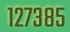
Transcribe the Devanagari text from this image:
१२७३८५